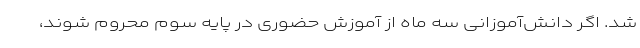
شد. اگر دانش‌آموزانی سه ماه از آموزش حضوری در پایه سوم محروم شوند،